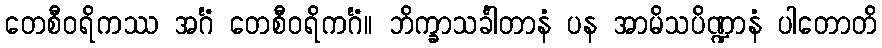
တေစီဝရိကဿ အင်္ဂံ တေစီဝရိကင်္ဂံ။ ဘိက္ခာသင်္ခါတာနံ ပန အာမိသပိဏ္ဍာနံ ပါတောတိ